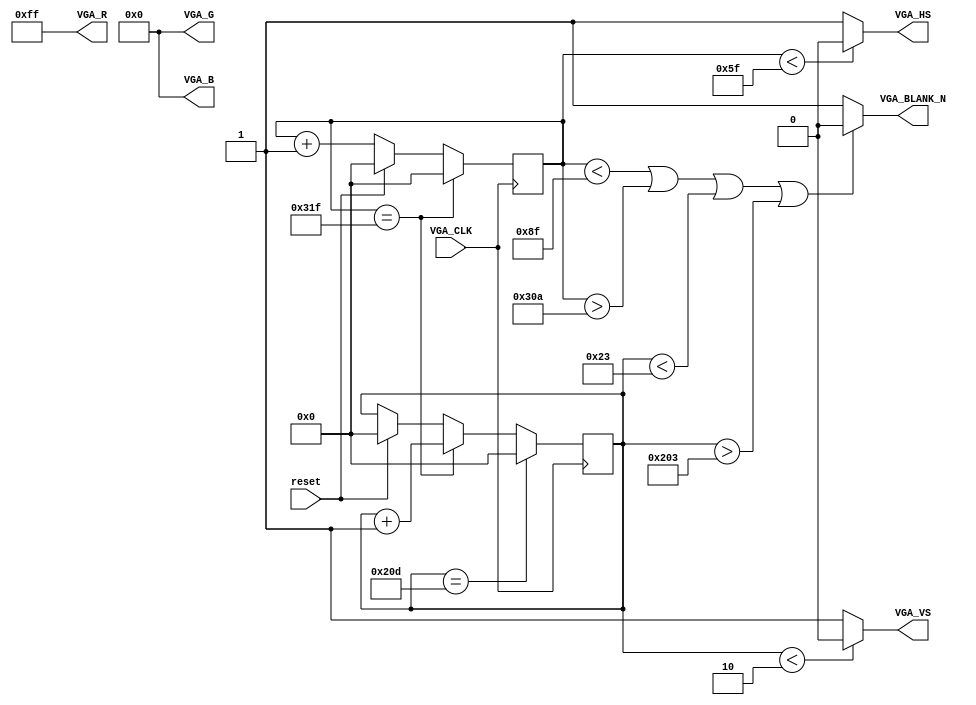


module vga_now(
	VGA_CLK,
	reset,
	VGA_R,
	VGA_G,
	VGA_B,
	VGA_BLANK_N,
	VGA_VS,
	VGA_HS
);

output  [7:0] VGA_R;
output  [7:0] VGA_G;
output  [7:0] VGA_B;
output VGA_BLANK_N;
output VGA_VS;
output VGA_HS;

input VGA_CLK, reset;

//parameter sync = 95;
//parameter b_porch = sync + 47;
//parameter d_interval = b_porch + 635;
//parameter f_porch = d_interval + 15;

reg[9:0] count_h;
reg[9:0] count_v;


always @(posedge VGA_CLK) begin
	if (reset) begin
		count_h <= 0;
		count_v <= 0;
	end
	else begin
		count_h <= count_h + 1;
	end
	if (count_h == 799) begin
		count_h <= 0;
		count_v <= count_v + 1;
	end
	if (count_v == 525) begin
		count_v <= 0;
	end
end

assign VGA_HS = (count_h < 95) ? 1'b0: 1'b1;
assign VGA_VS = (count_v < 2) ? 1'b0: 1'b1;
assign VGA_BLANK_N = (count_h < 143) || (count_h > 778) || (count_v < 35) || (count_v > 515) ? 1'b0: 1'b1;


assign VGA_R = 255;
assign VGA_G = 0;
assign VGA_B = 0;


endmodule